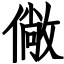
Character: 僘